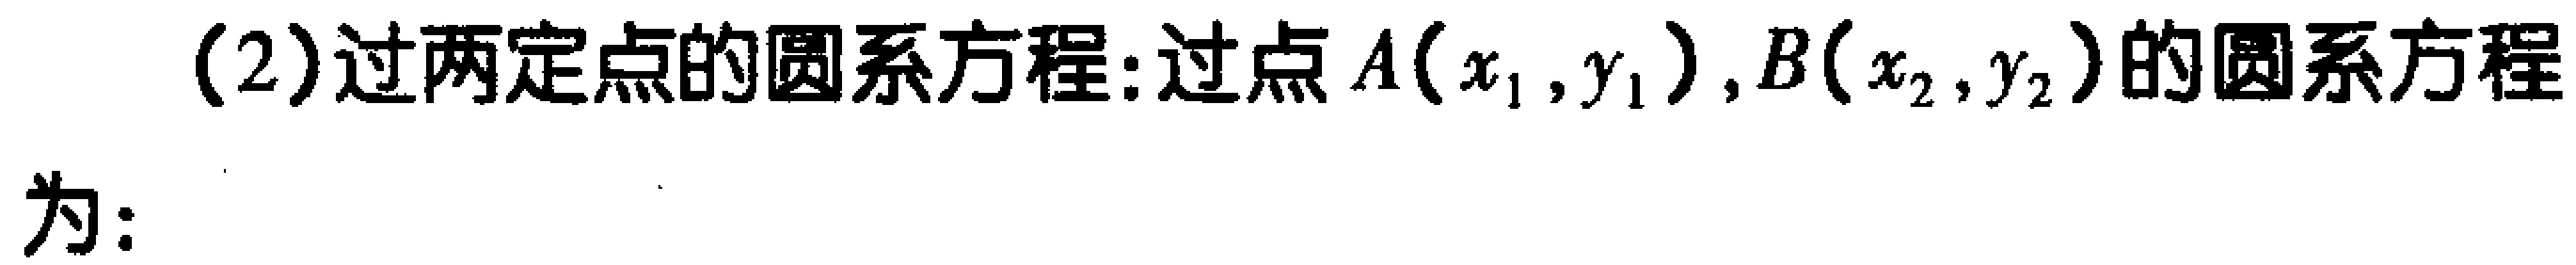
(2)过两定点的圆系方程:过点\(A(x_1,y_1)\),\(B(x_2,y_2)\)的圆系方程
为: